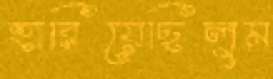
হারিয়েছিলুম